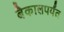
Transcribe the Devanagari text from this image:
बैकालपर्यंत